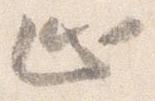
止